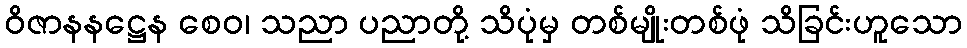
ဝိဇာနနဋ္ဌေန စေဝ၊ သညာ ပညာတို့ သိပုံမှ တစ်မျိုးတစ်ဖုံ သိခြင်းဟူသော